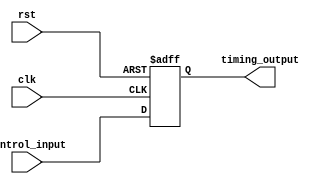
module timing_control_module(
    input wire clk,
    input wire rst,
    input wire control_input,
    output reg timing_output
);

always @(posedge clk or posedge rst) begin
    if (rst) begin
        timing_output <= 0;
    end else begin
        timing_output <= control_input;
    end
end

endmodule